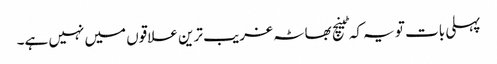
پہلی بات تو یہ کہ ٹینچ بھاٹہ غریب ترین علاقوں میں نہیں ہے۔